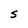
Character: S